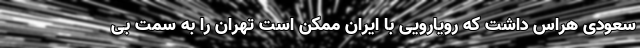
سعودی هراس داشت که رویارویی با ایران ممکن است تهران را به سمت بی‌